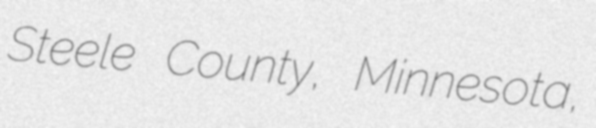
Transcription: Steele County, Minnesota,